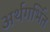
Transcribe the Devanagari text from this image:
अर्थगर्भित